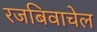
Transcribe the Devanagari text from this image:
रजबिवाचेल